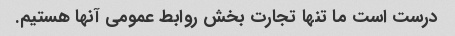
درست است ما تنها تجارت بخش روابط عمومی آنها هستیم.